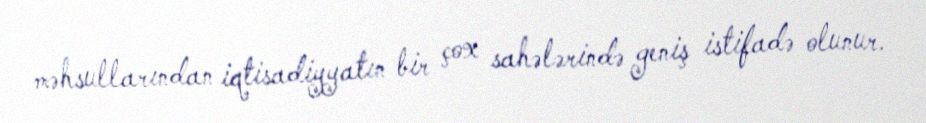
məhsullarından iqtisadiyyatın bir çox sahələrində geniş istifadə olunur.